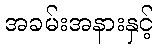
အခမ်းအနားနှင့်